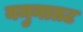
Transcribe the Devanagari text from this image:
यमुनातट